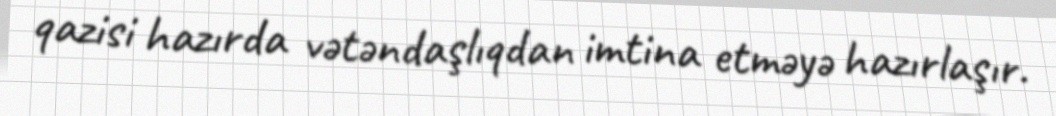
qazisi hazırda vətəndaşlıqdan imtina etməyə hazırlaşır.